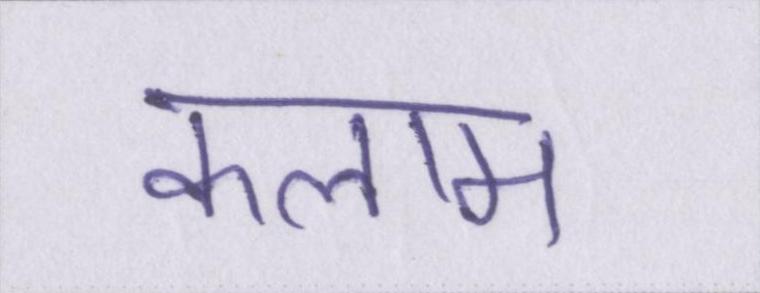
कलाम